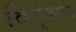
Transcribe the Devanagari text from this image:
विजृंभण